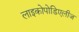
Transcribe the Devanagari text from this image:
लाइकोपोडिएलीज